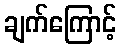
ချက်ကြောင့်